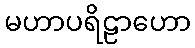
မဟာပရိဠာဟော